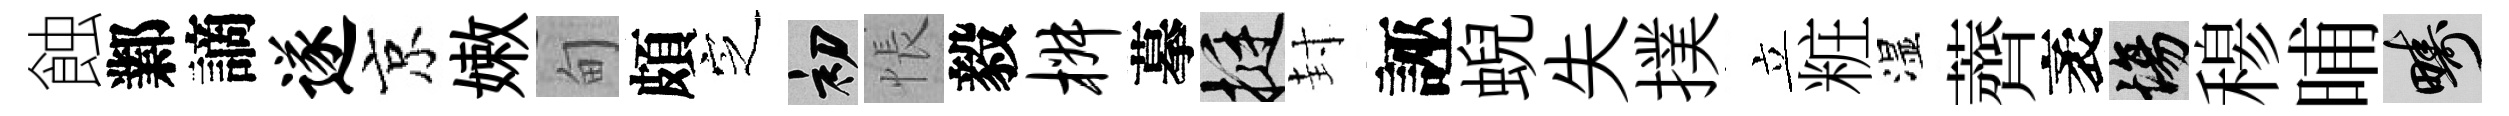
蝕鄴謫遂京嫩甸頗㝎初悵毅椒摹挺封誣蜺失撲立粧湿薺袤場𥠇晡疇